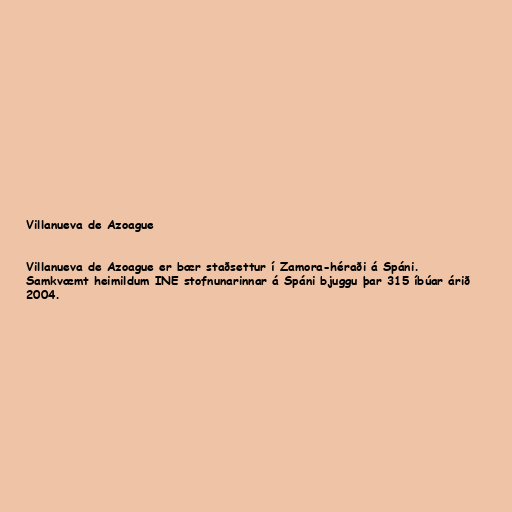
Villanueva de Azoague

Villanueva de Azoague er bær staðsettur í Zamora-héraði á Spáni.
Samkvæmt heimildum INE stofnunarinnar á Spáni bjuggu þar 315 íbúar árið
2004.